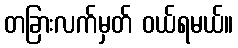
တခြားလက်မှတ် ဝယ်ရမယ်။